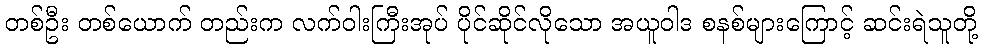
တစ်ဦး တစ်ယောက် တည်းက လက်ဝါးကြီးအုပ် ပိုင်ဆိုင်လိုသော အယူဝါဒ စနစ်များကြောင့် ဆင်းရဲသူတို့